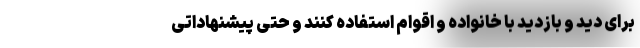
برای دید و بازدید با خانواده و اقوام استفاده کنند و حتی پیشنهاداتی